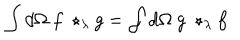
\int d \Omega \ f \ \star _ { \lambda } g = \int d \Omega \ g \ \star _ { \lambda } f